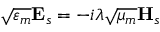
\sqrt { \varepsilon _ { m } } \mathbf { E } _ { s } = - i \lambda \sqrt { \mu _ { m } } \mathbf { H } _ { s }